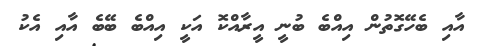
އާއި ބެހޭގޮތުން އިއްބެ ބުނީ އީރާއްކޮ އަކީ އިއްބެ ބޭބެ އާއި އެކު